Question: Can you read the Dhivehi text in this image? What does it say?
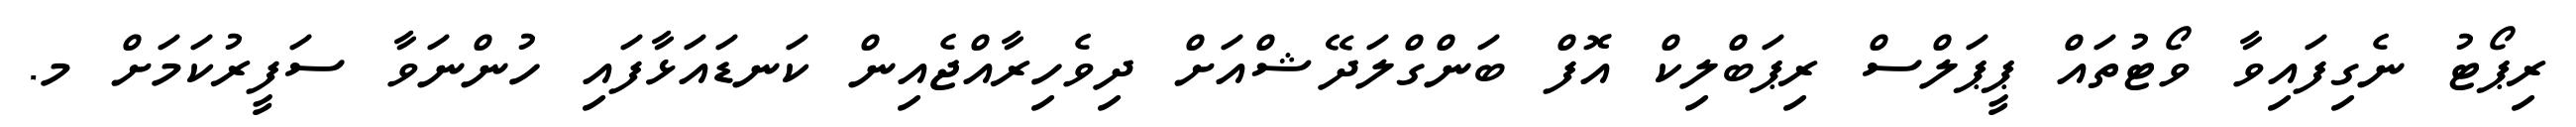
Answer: ރިޕޯޓު ނެގިފައިވާ ވޯޓުތައް ޕީޕަލްސް ރިޕަބްލިކް އޮފް ބަންގްލަދޭޝްއަށް ދިވެހިރާއްޖެއިން ކަނޑައަޅާފައި ހުންނަވާ ސަފީރުކަމަށް މ.